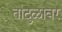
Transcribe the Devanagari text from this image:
तांदुळावर